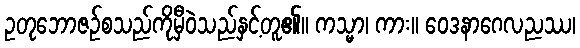
ဥတုဘောဇဉ်စသည်ကိုမှီဝဲသည်နှင့်တူ၏။ ကသ္မာ၊ ကား။ ဝေဒနာဂေလညဿ၊